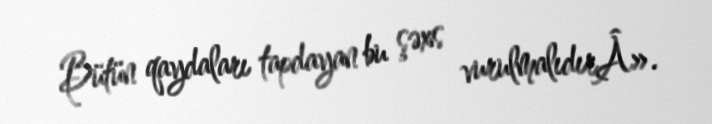
Bütün qaydaları tapdayan bu şəxs vurulmalıdırÂ».